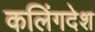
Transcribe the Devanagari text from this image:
कलिंगदेश